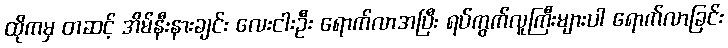
ထိုကမှ တဆင့် အိမ်နီးနားချင်း လေးငါးဦး ရောက်လာအပြီး ရပ်ကွက်လူကြီးများပါ ရောက်လာခြင်း